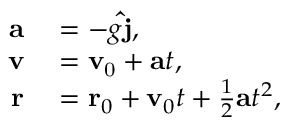
\begin{array} { r l } { \mathbf { a } } & { { } = - g \mathbf { \hat { j } } , } \\ { \mathbf { v } } & { { } = \mathbf { v } _ { \mathrm { 0 } } + \mathbf { a } t , } \\ { \mathbf { r } } & { { } = \mathbf { r } _ { 0 } + \mathbf { v } _ { 0 } t + { \frac { 1 } { 2 } } \mathbf { a } t ^ { 2 } , } \end{array}